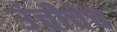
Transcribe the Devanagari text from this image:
उंचीचेच